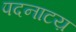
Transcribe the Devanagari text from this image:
पदनाटय़